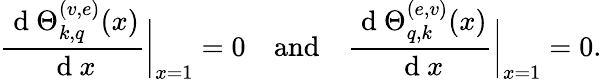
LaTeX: {\frac{\mathrm{~d~}\Theta_{k,q}^{(v,e)}(x)}{\mathrm{~d~}x}}\bigg|_{x=1}=0\quad\mathrm{and}\quad{\frac{\mathrm{~d~}\Theta_{q,k}^{(e,v)}(x)}{\mathrm{~d~}x}}\bigg|_{x=1}=0.